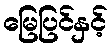
မြေပြင်နှင့်